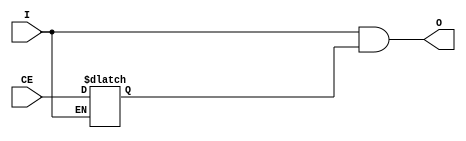
// This program was cloned from: https://github.com/T-head-Semi/openc910
// License: Apache License 2.0

/*Copyright 2019-2021 T-Head Semiconductor Co., Ltd.

Licensed under the Apache License, Version 2.0 (the "License");
you may not use this file except in compliance with the License.
You may obtain a copy of the License at

    http://www.apache.org/licenses/LICENSE-2.0

Unless required by applicable law or agreed to in writing, software
distributed under the License is distributed on an "AS IS" BASIS,
WITHOUT WARRANTIES OR CONDITIONS OF ANY KIND, either express or implied.
See the License for the specific language governing permissions and
limitations under the License.
*/
module BUFGCE(
  I,
  CE,
  O 
);

input  I;
input  CE;
output O;

wire clk_in;
wire external_en;

assign clk_in = I;
assign external_en = CE;

reg    clk_en_af_latch;
always @(clk_in or external_en)
begin
  if(!clk_in)
    clk_en_af_latch <= external_en;
end

reg clk_en ;
always @ (clk_en_af_latch )
begin
    clk_en <= clk_en_af_latch;
end
assign O = clk_in && clk_en ;

endmodule